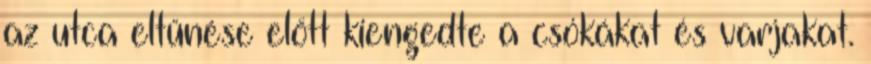
az utca eltűnése előtt kiengedte a csókákat és varjakat.